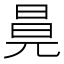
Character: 㫯